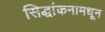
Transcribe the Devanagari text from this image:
सिद्धांकनामधून